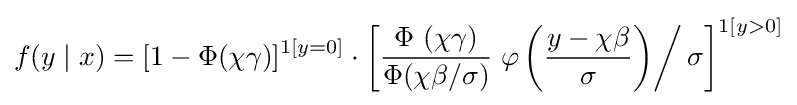
f(y\mid x)=[1-\Phi (\chi \gamma )]^{1[y=0]}\cdot \left[{\frac {\Phi \ (\chi \gamma )}{\Phi (\chi \beta /\sigma )}}\left.\varphi \left({\frac {y-\chi \beta }{\sigma }}\right)\right/\sigma \right]^{1[y>0]}